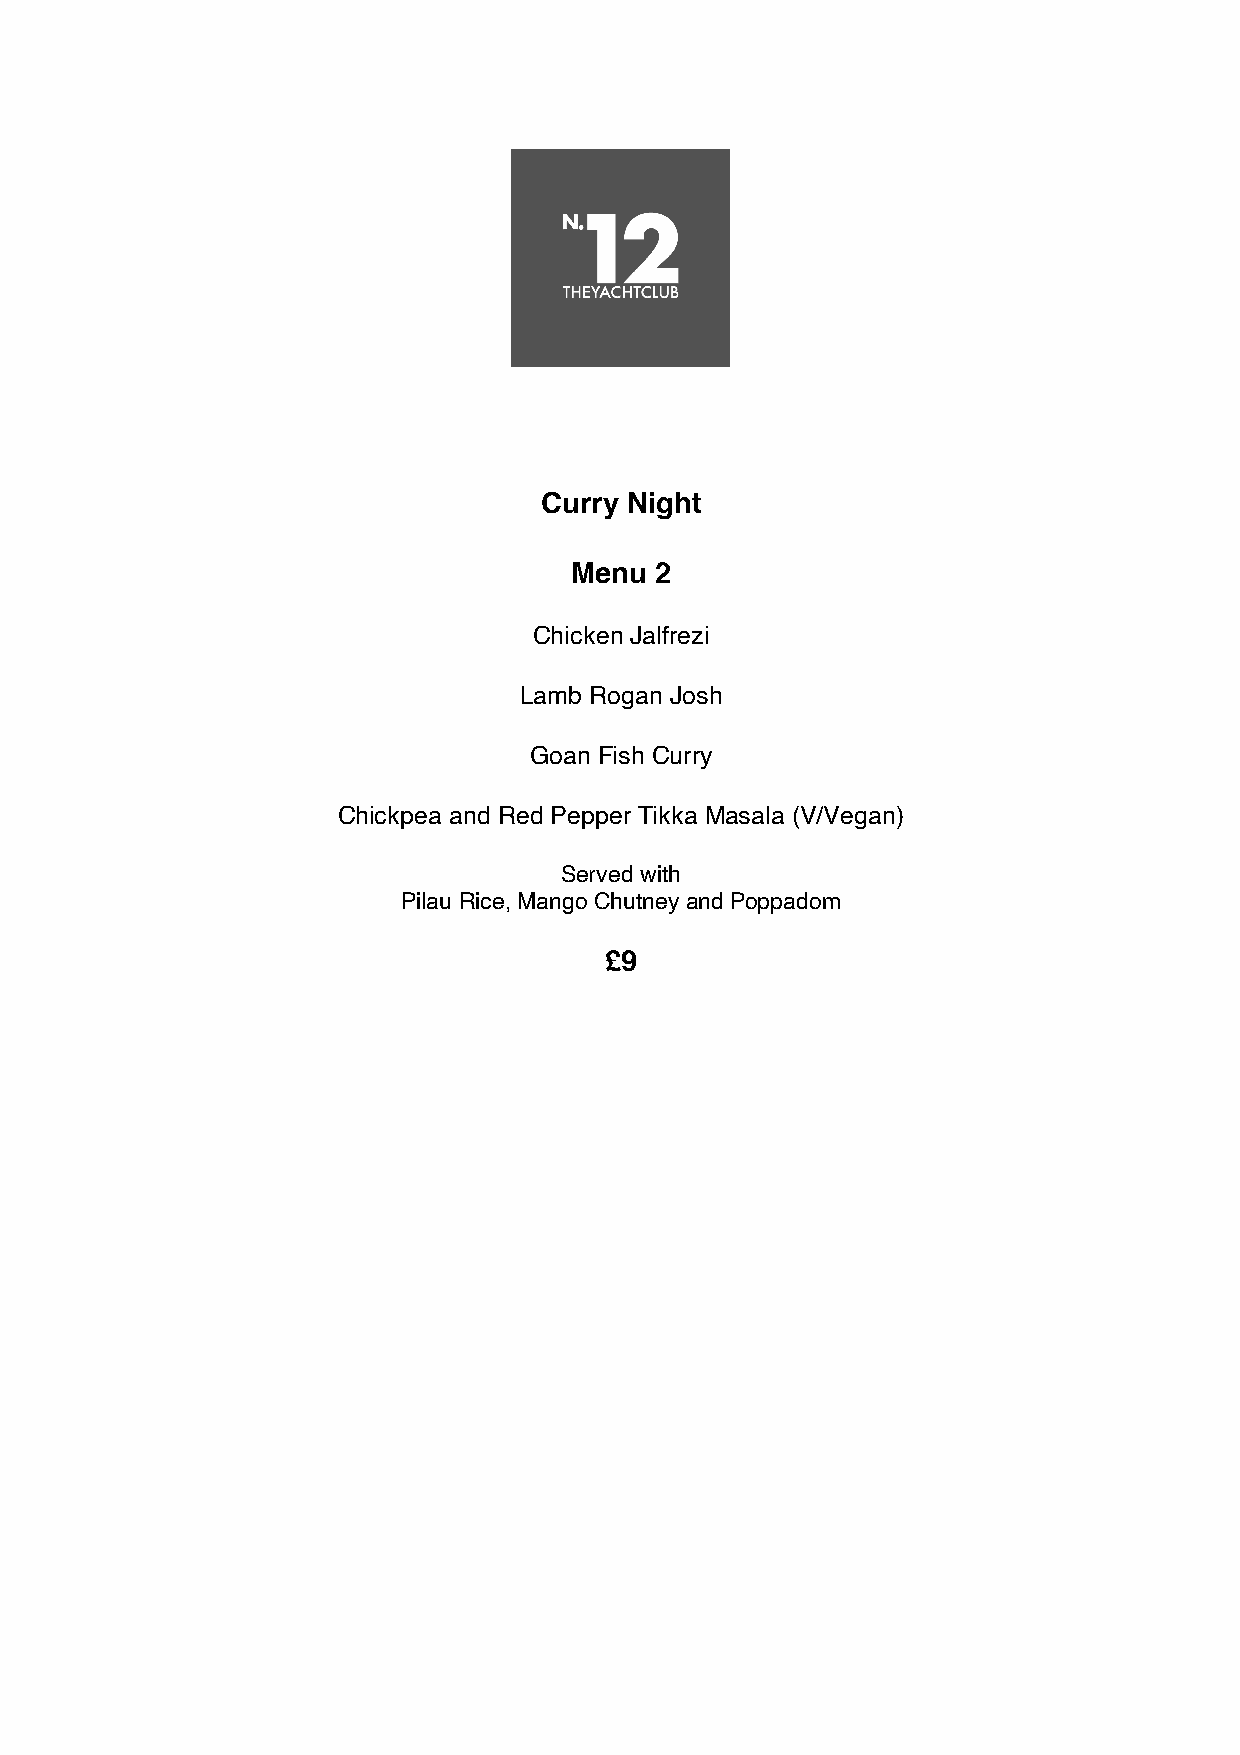
Curry Night
 Menu 2
 Chicken Jalfrezi
 Lamb Rogan Josh
 Goan Fish Curry
 Chickpea and Red Pepper Tikka Masala (V/Vegan)
 Served with
 Pilau Rice, Mango Chutney and Poppadom
 £9